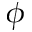
\phi